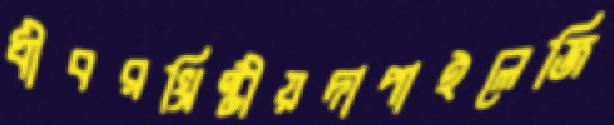
ধীবরখ্রিষ্টীয়দাপাইলেজি